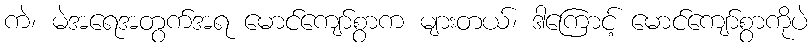
ကဲ၊ မဲအရေအတွက်အရ မောင်ကျော်စွာက များတယ်၊ ဒါကြောင့် မောင်ကျော်စွာကိုပဲ